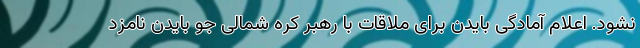
نشود. اعلام آمادگی بایدن برای ملاقات با رهبر کره شمالی جو بایدن نامزد